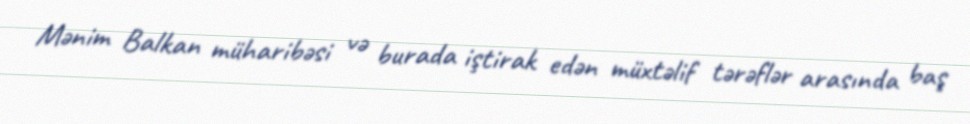
Mənim Balkan müharibəsi və burada iştirak edən müxtəlif tərəflər arasında baş